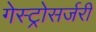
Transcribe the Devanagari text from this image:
गेस्ट्रोसर्जरी